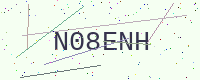
Text: N08ENH